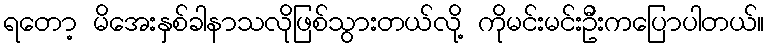
ရတော့ မိအေးနှစ်ခါနာသလိုဖြစ်သွားတယ်လို့ ကိုမင်းမင်းဦးကပြောပါတယ်။